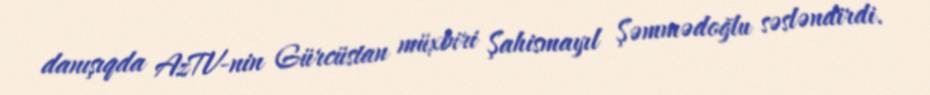
danışıqda AzTV-nin Gürcüstan müxbiri Şahismayıl Şəmmədoğlu səsləndirdi.